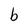
Character: b